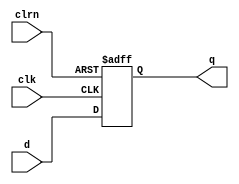
/**
* 32-bit D Flip-flop
*
* clrn: Clear on low
*/
module dff32 (d,clk,clrn,q);
   input  [31:0] d;
   input         clk,clrn;
   output [31:0] q;
   reg [31:0]    q;
   always @ (negedge clrn or posedge clk)
      if (clrn == 0) begin

          // q <=0;
          q <= -4;
      end else begin
          q <= d;
      end
endmodule